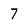
Character: 7